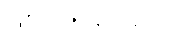
ဖြစ်ပေါ်နေသည်ကို